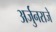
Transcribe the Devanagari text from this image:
अर्जुनराजे